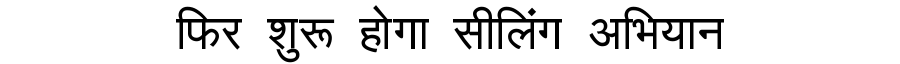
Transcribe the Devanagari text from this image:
फिर शुरू होगा सीलिंग अभियान